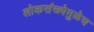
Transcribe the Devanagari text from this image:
लोकसंख्येमुळेच